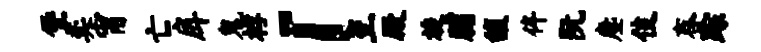
堡奕甯亡戽鬼桴「至殿旋脯馥侔阮麈伎舂踪